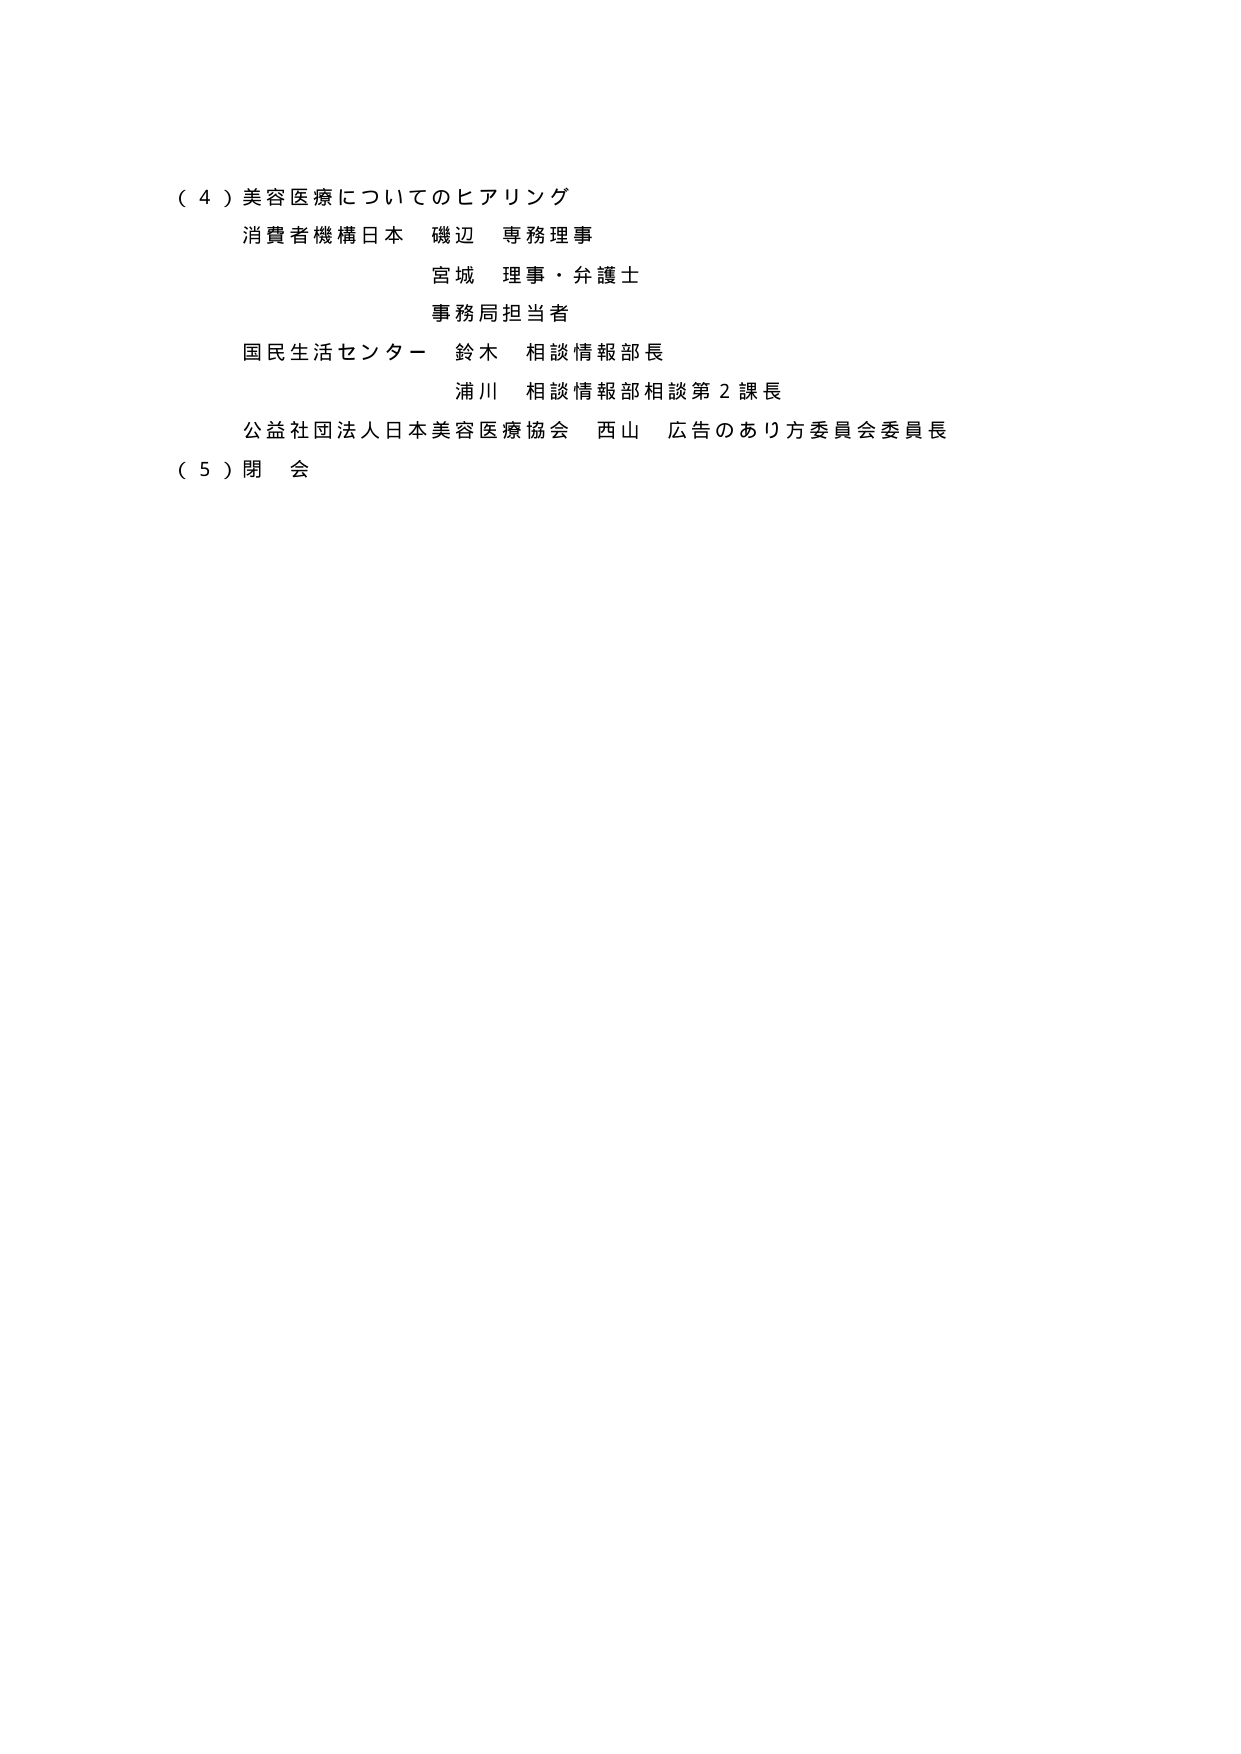
（４）美容医療についてのヒアリング
消費者機構日本 磯辺 専務理事
宮城 理事・弁護士
事務局担当者
国民生活センター 鈴木 相談情報部長
浦川 相談情報部相談第２課長
公益社団法人日本美容医療協会 西山 広告のあり方委員会委員長
（５）閉会